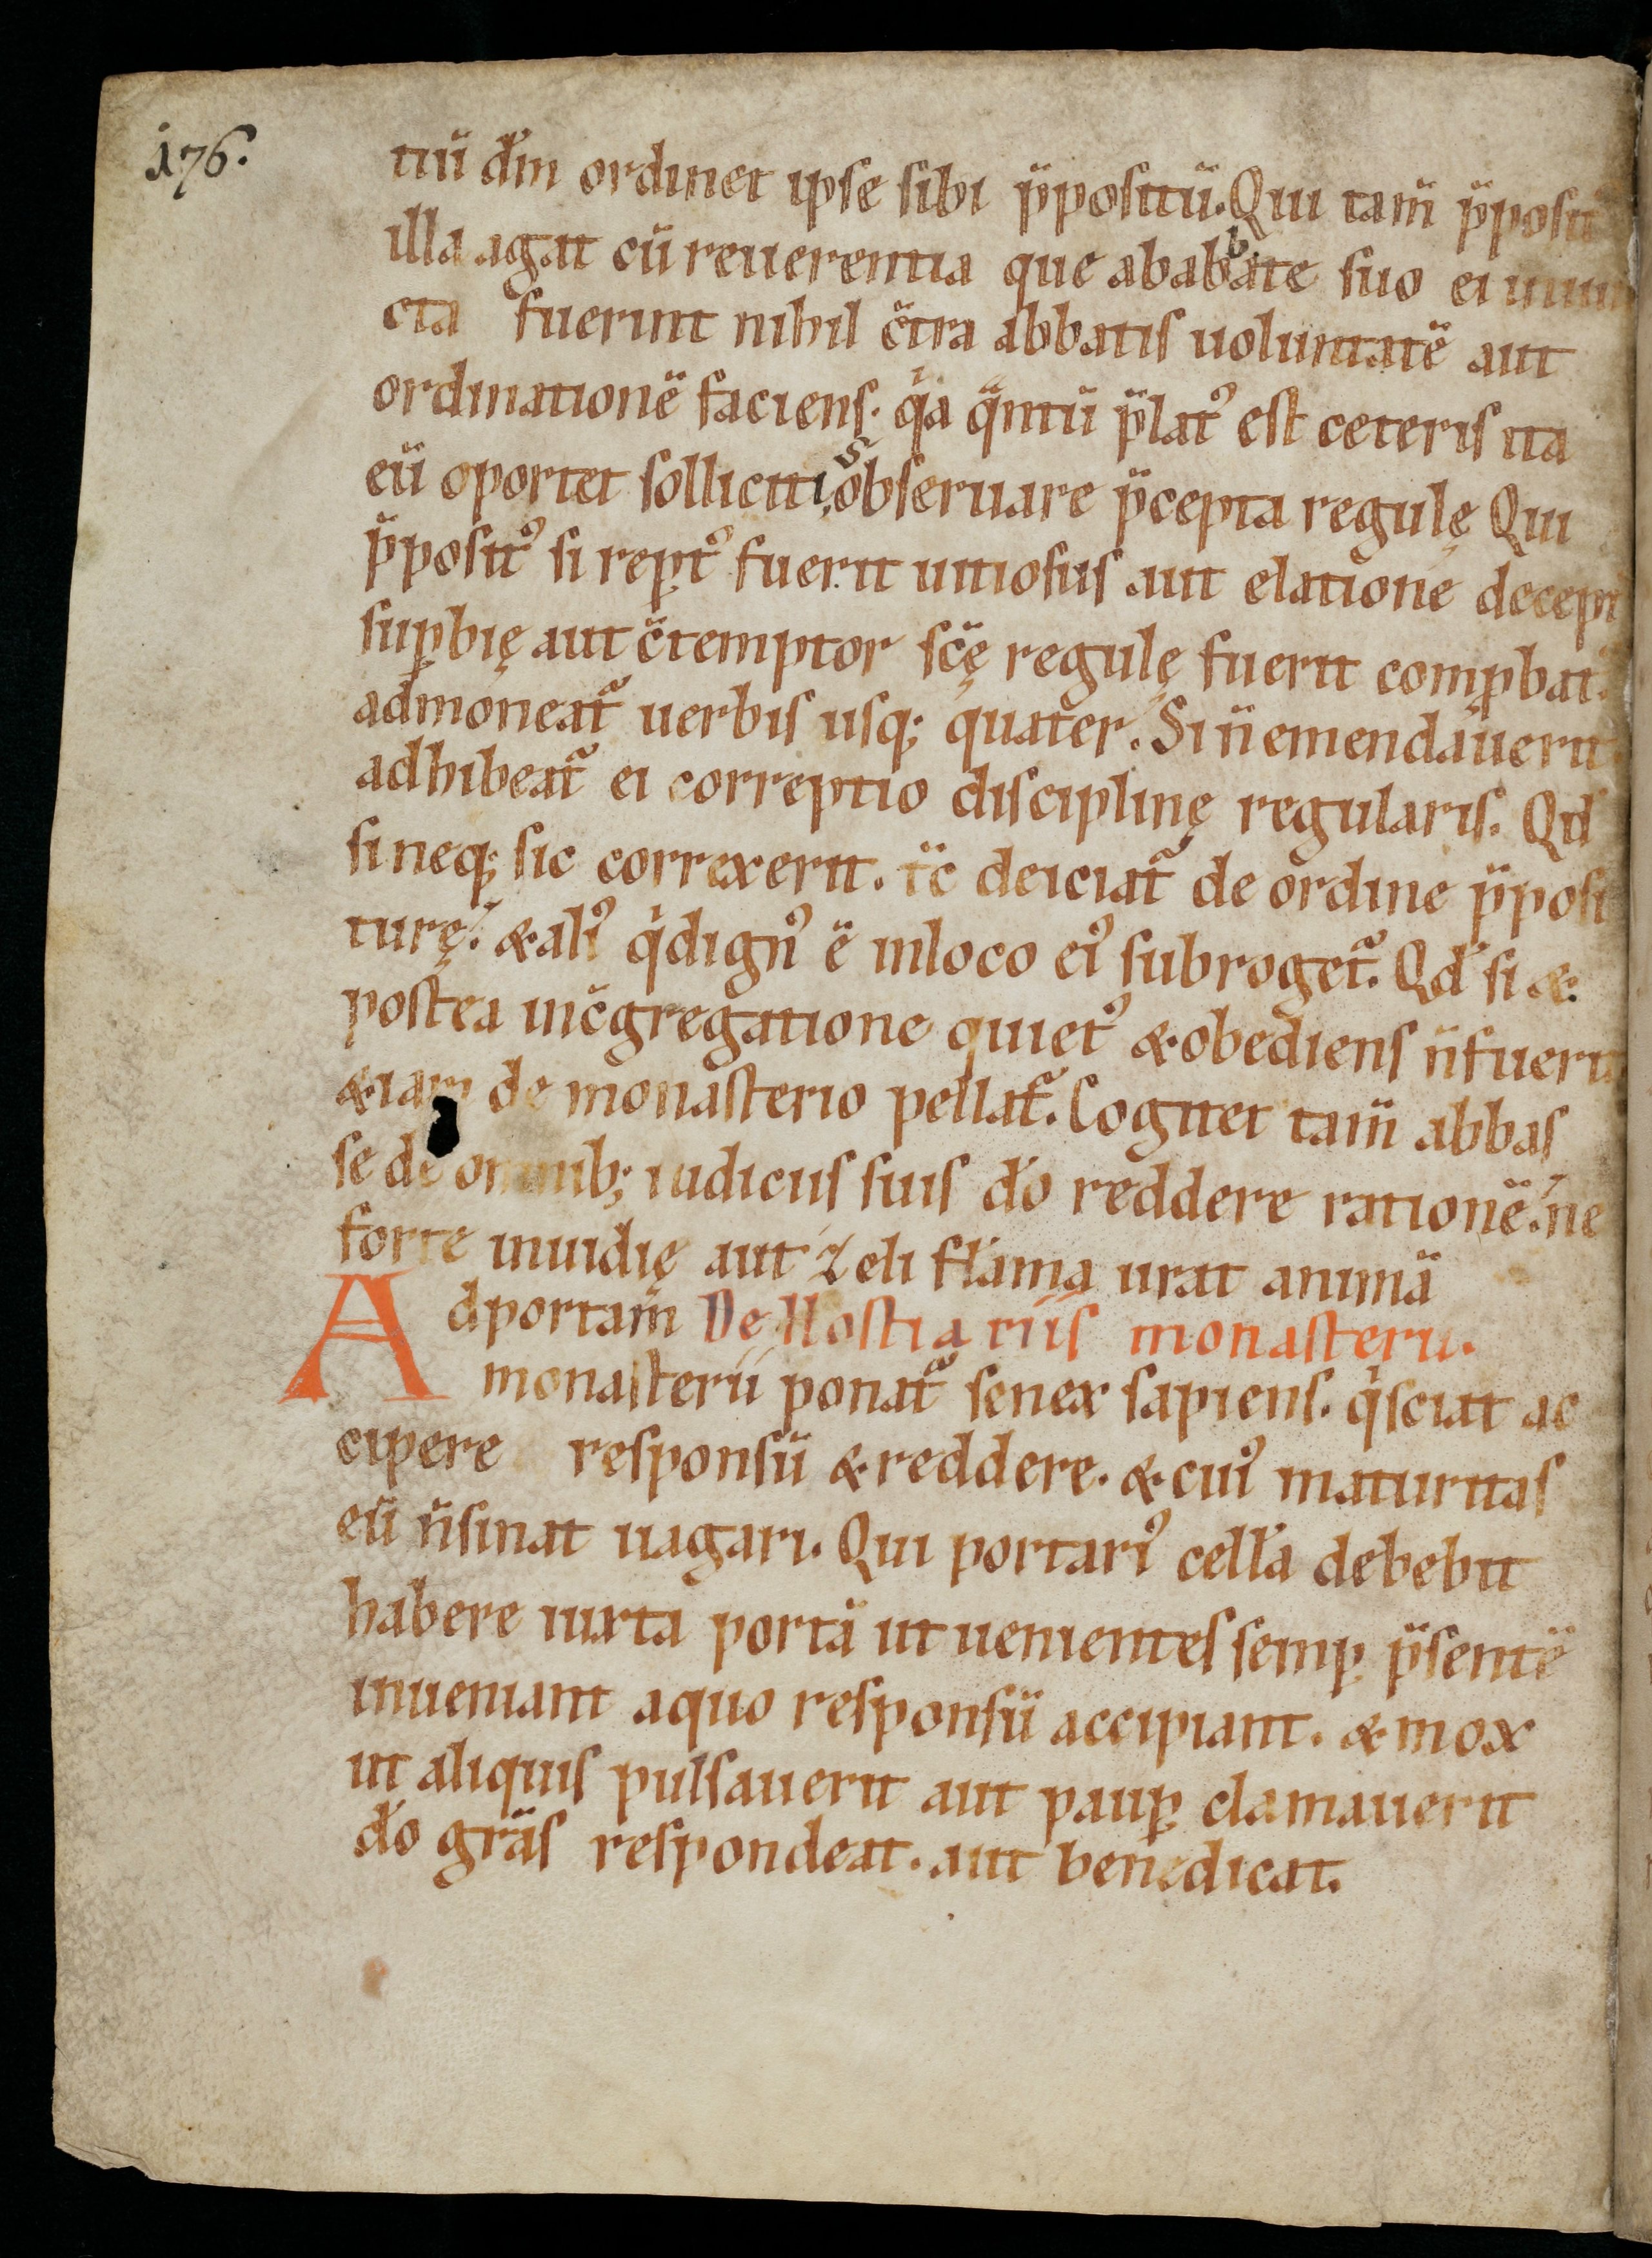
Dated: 1100–1199